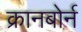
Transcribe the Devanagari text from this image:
क्रानबोर्न